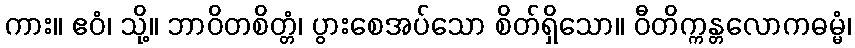
ကား။ ဧဝံ၊ သို့။ ဘာဝိတစိတ္တံ၊ ပွားစေအပ်သော စိတ်ရှိသော။ ဝီတိက္ကန္တလောကဓမ္မံ၊